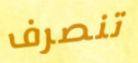
تنصرف